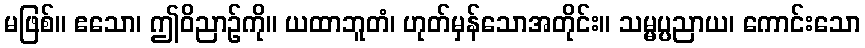
မဖြစ်။ ဧသော၊ ဤဝိညာဉ်ကို။ ယထာဘူတံ၊ ဟုတ်မှန်သောအတိုင်း။ သမ္မပ္ပညာယ၊ ကောင်းသော